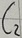
Text: C2